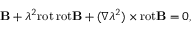
\begin{array} { r } { { \bf B } + \lambda ^ { 2 } \mathrm { r o t } \, \mathrm { r o t } { \bf B } + ( \nabla \lambda ^ { 2 } ) \times \mathrm { r o t } { \bf B } = 0 , } \end{array}